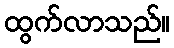
ထွက်လာသည်။